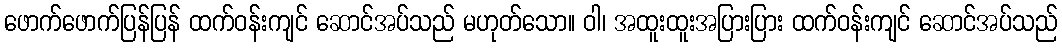
ဖောက်ဖောက်ပြန်ပြန် ထက်ဝန်းကျင် ဆောင်အပ်သည် မဟုတ်သော။ ဝါ၊ အထူးထူးအပြားပြား ထက်ဝန်းကျင် ဆောင်အပ်သည်